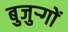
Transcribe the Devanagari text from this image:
बुजुऱ्गों